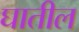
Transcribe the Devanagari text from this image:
घातील